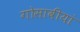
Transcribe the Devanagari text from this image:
गोसावीयां